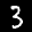
Label: 3